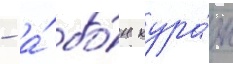
- а́ бо́н кура́ж